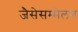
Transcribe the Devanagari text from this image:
जैसेसम्मेलन